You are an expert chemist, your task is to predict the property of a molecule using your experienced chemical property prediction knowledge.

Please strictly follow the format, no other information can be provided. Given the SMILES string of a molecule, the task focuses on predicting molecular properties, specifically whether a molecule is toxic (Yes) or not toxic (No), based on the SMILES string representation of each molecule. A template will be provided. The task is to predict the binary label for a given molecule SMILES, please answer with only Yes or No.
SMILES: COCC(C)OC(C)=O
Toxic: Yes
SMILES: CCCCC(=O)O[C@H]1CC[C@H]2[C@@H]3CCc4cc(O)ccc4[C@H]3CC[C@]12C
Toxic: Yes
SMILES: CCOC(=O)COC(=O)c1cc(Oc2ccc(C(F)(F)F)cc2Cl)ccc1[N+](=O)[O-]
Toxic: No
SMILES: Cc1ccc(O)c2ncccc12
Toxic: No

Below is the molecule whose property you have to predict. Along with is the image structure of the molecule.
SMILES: O=C(N[C@@H](c1ccccc1)[C@@H]1CCCCN1)c1cccc(C(F)(F)F)c1Cl
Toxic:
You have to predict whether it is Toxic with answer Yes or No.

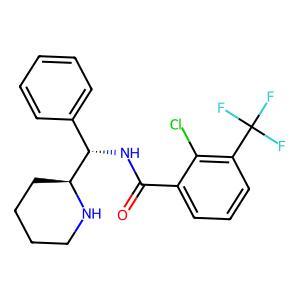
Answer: No